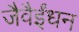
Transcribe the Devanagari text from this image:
जैवैईंधन